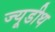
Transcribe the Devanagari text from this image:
ज्यूडीथ